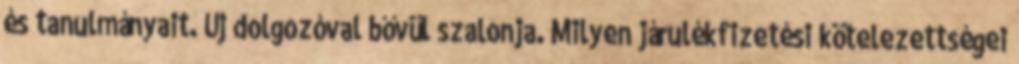
és tanulmányait. Új dolgozóval bővül szalonja. Milyen járulékfizetési kötelezettségei